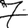
Digit: 7